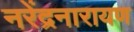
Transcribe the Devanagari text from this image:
नरेंद्रनारायण